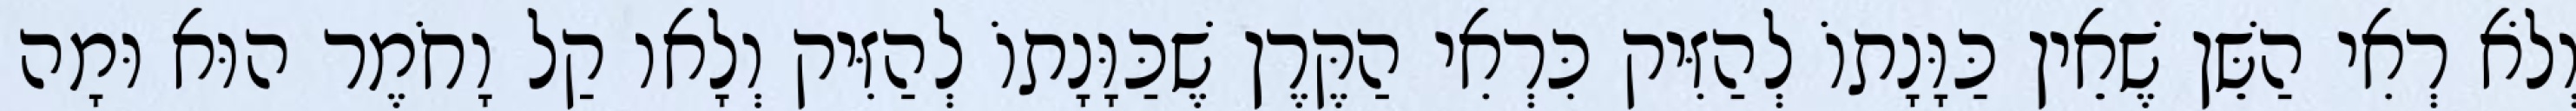
וְלֹא רְאִי הַשֵּׁן שֶׁאֵין כַּוָּנָתוֹ לְהַזִּיק כִּרְאִי הַקֶּרֶן שֶׁכַּוָּנָתוֹ לְהַזִּיק וְלָאו קַל וָחֹמֶר הוּא וּמָה